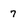
Character: 7